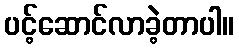
ပင့်ဆောင်လာခဲ့တာပါ။